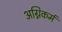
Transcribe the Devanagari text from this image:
अग्निकर्म